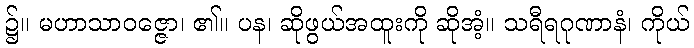
၌။ မဟာသာဝဇ္ဇော၊ ၏။ ပန၊ ဆိုဖွယ်အထူးကို ဆိုအံ့။ သရီရဂုဏာနံ၊ ကိုယ်